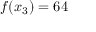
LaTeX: f ( x _ { 3 } ) = 6 4